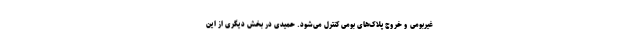
غیربومی و خروج پلاک‌های بومی کنترل می‌شود. حمیدی در بخش دیگری از این